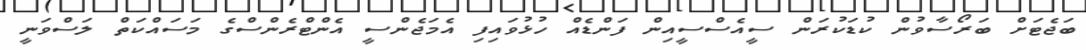
ބަޖެޓަށް ބަރޯސާވުން ކުޑަކުރަން ސީއެސްސީއިން ފަންޑެއް ހުޅުވައިފި އެމަޖެންސީ އެންޓްރެންސްގެ މަސައްކަތް ލަސްވަނީ